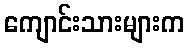
ကျောင်းသားများက